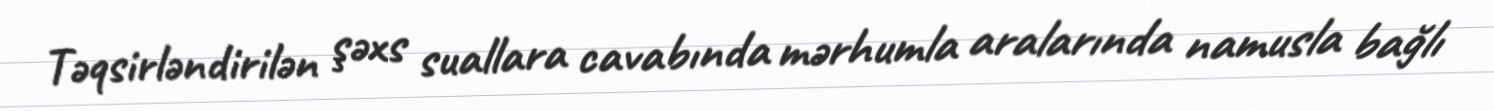
Təqsirləndirilən şəxs suallara cavabında mərhumla aralarında namusla bağlı